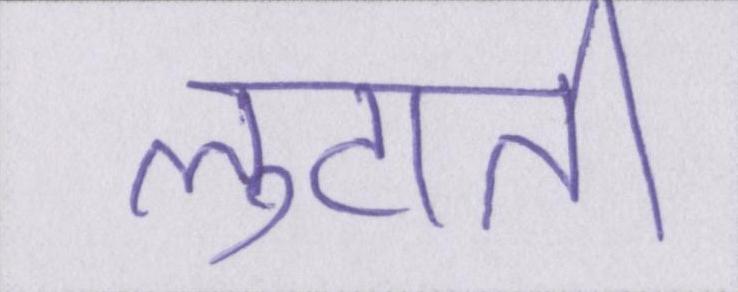
लुटाती